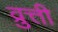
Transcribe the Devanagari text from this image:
व्रुत्ती